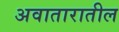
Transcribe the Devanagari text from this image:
अवातारातील